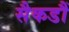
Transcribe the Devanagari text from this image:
सैकडौं